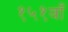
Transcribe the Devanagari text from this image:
१५१वाँ